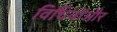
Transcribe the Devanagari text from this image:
विधियोंऔर